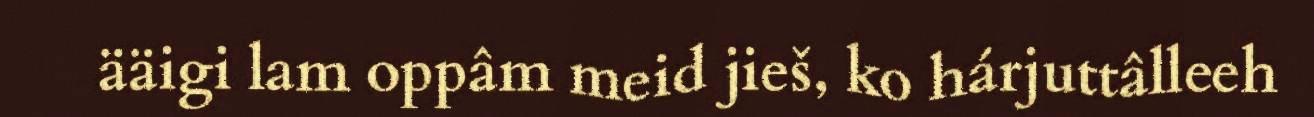
ääigi lam oppâm meid jieš, ko hárjuttâlleeh